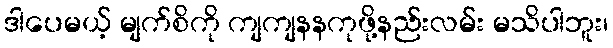
ဒါပေမယ့် မျက်စိကို ကျကျနနကုဖို့နည်းလမ်း မသိပါဘူး၊